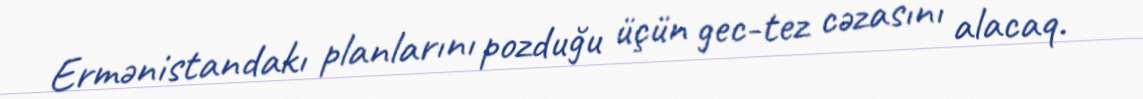
Ermənistandakı planlarını pozduğu üçün gec-tez cəzasını alacaq.